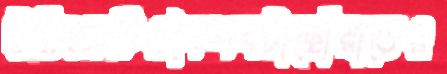
ইনিংসটিওশৈশবটাছোঁয়াতেও